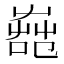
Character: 𦱢